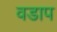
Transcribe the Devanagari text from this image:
वडाप